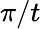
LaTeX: \pi/t